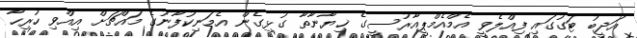
އަދީބު ޓަގުގައި ފިއްލެވީ އެމްއެމްޕީއާރުސީގެ ޚިޔާނާތާ ގުޅިގެން އެމަނިކުފާނުގެ މައްޗަށް އިއްވި ހުރިހާ